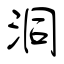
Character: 洞